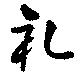
礼